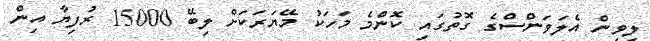
ލިވިން އެލަވަންސްގެ ގޮތުގައި ކޮންމެ މަހަކު މޭޔަރަކަށް ލިބޭ 15000 ރުފިޔާ އިން